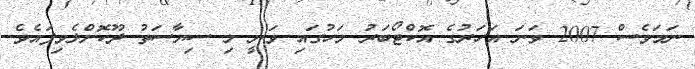
ނަމަވެސް 2007 ވަނަ އަހަރުގެ އޮކްޓޯބަރު މަހުގައި ވަނީ މި ސިޔާސަތު ދޫކޮށްލެވިފައެވެ.